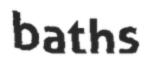
baths